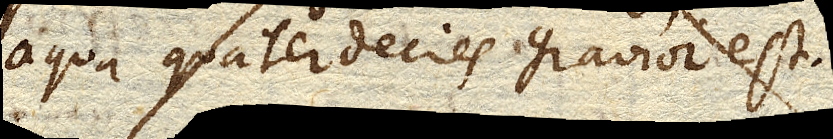
aqua quaterdecies gravior est.